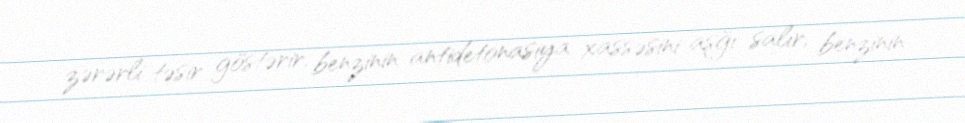
zərərli təsir göstərir, benzinin antidetonasiya xassəsini aşğı salır, benzinin